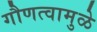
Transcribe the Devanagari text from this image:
गौणत्वामुळे